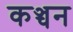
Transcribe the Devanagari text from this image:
कञ्चन